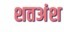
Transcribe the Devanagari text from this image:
शतअंश